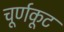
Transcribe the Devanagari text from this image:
चूर्णकूट